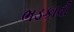
ભડકાવી